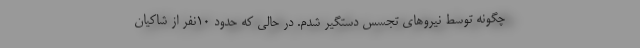
چگونه توسط نیروهای تجسس دستگیر شدم. در حالی که حدود ۱۰نفر از شاکیان